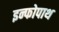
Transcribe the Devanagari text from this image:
इन्फोपाथ